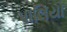
પાલિયો